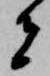
者